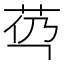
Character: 𰰯